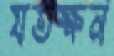
যতক্ষন